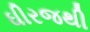
ઘીરજથી